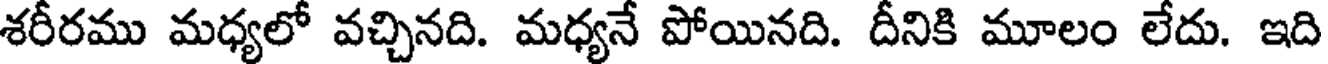
శరీరము మధ్యలో వచ్చినది. మధ్యనే పోయినది. దీనికి మూలం లేదు. ఇది